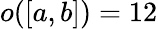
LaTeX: o([a,b])=12